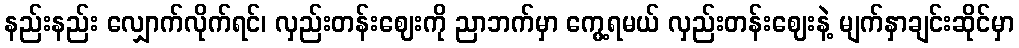
နည်းနည်း လျှောက်လိုက်ရင်၊ လှည်းတန်းဈေးကို ညာဘက်မှာ ကွေ့ရမယ် လှည်းတန်းဈေးနဲ့ မျက်နှာချင်းဆိုင်မှာ